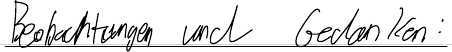
Beobachtungen und Gedanken: